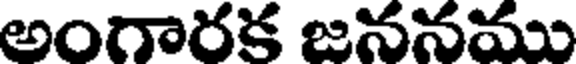
అంగారక జననము